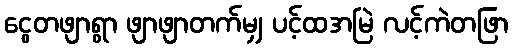
ငွေတဖျာရွာ ဖျာဖျာတက်မျှ ပင့်ထအမြဲ လင့်ကဲတဖြာ